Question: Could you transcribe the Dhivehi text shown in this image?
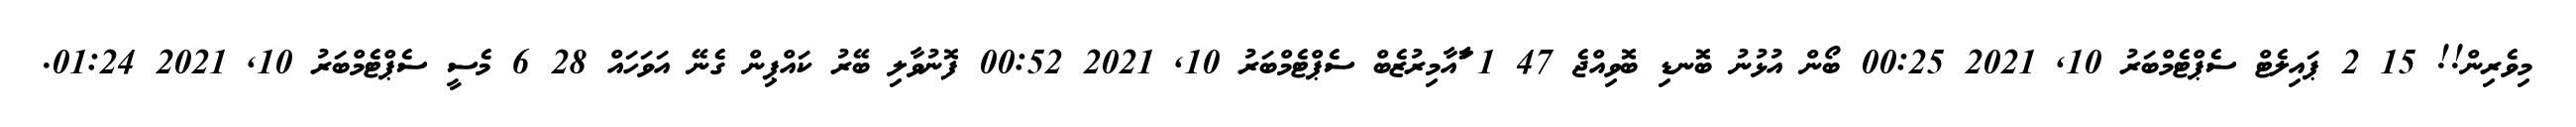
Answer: މިވެރިން!! 15 2 ޕައިލެޓް ސެޕްޓެމްބަރު 10, 2021 00:25 ބޯން އުޅުނު ބޮނޑި ބޮވިއްޖެ 47 1 ާަާއާމިރުޒެބް ސެޕްޓެމްބަރު 10, 2021 00:52 ފޮނުވާލި ބޭރު ކައްޕިން ގެނޭ އަވަހައް 28 6 މެސީ ސެޕްޓެމްބަރު 10, 2021 01:24.